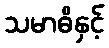
သမာဓိနှင့်